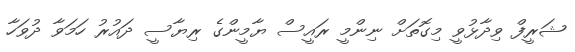
ޝަރީފް ވިދާޅުވީ މިގޮތަށް ނިންމީ ރައީސް ޔާމީންގެ ރިޔާސީ ދައުރު ހަމަވާ ދުވަހާ